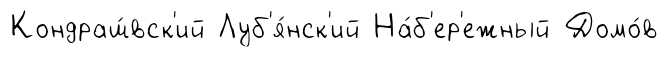
Кондраш́вск'ий Луб'я́нск'ий На́б'ер'ежный Домо́в